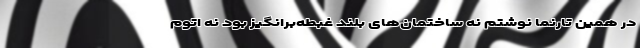
در همین تارنما نوشتم نه ساختمان‌های بلند غبطه‌برانگیز بود نه اتوم